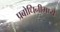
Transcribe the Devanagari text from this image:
प्रबोधिनीमध्ये